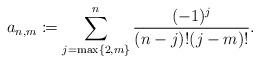
LaTeX: \begin{align*} a_{n,m}\coloneqq\sum_{j=\max\{2,m\}}^n\frac{(-1)^j}{(n-j)!(j-m)!}.\end{align*}